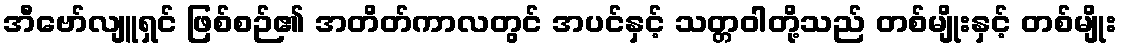
အီဗော်လျူရှင် ဖြစ်စဉ်၏ အတိတ်ကာလတွင် အပင်နှင့် သတ္တဝါတို့သည် တစ်မျိုးနှင့် တစ်မျိုး